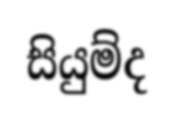
සියුම්ද